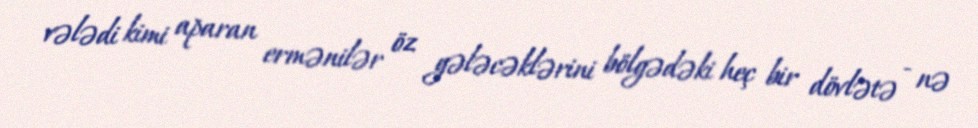
vələdi kimi aparan ermənilər öz gələcəklərini bölgədəki heç bir dövlətə - nə